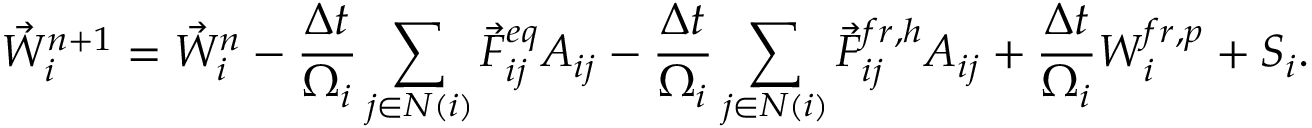
{ \vec { W } } _ { i } ^ { n + 1 } = { \vec { W } } _ { i } ^ { n } - \frac { \Delta t } { \Omega _ { i } } \sum _ { j \in N ( i ) } { \vec { F } } _ { i j } ^ { e q } { \cal A } _ { i j } - \frac { \Delta t } { \Omega _ { i } } \sum _ { j \in N ( i ) } { \vec { F } } _ { i j } ^ { f r , h } { \cal A } _ { i j } + \frac { \Delta t } { \Omega _ { i } } \boldsymbol { W } _ { i } ^ { f r , p } + \boldsymbol { S } _ { i } .